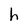
Character: h